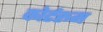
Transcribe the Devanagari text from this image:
कोर्टरूम